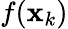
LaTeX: f(\mathbf{x}_{k})